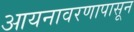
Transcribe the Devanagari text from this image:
आयनावरणापासून